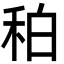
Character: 䄸